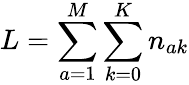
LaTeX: L=\sum_{a=1}^{M}\sum_{k=0}^{K}n_{ak}